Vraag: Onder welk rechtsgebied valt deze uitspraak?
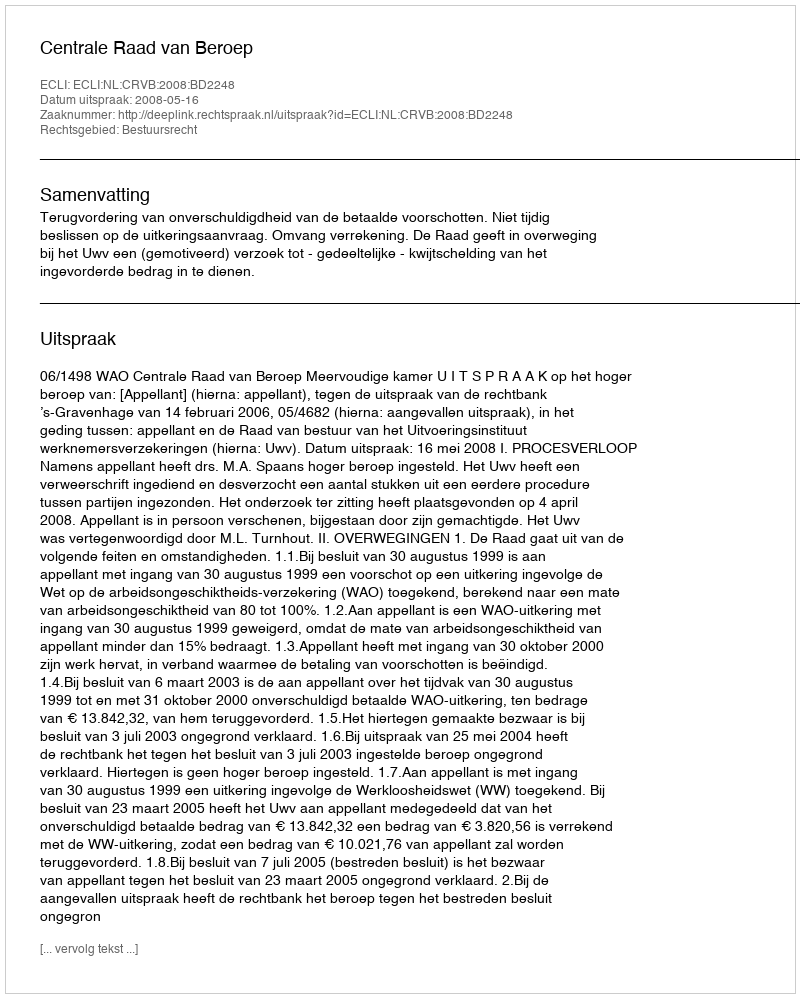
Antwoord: Bestuursrecht